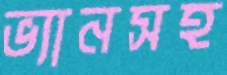
ভ্যানসহ